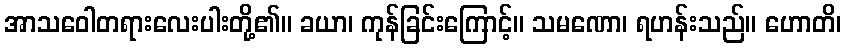
အာသဝေါတရားလေးပါးတို့၏။ ခယာ၊ ကုန်ခြင်းကြောင့်။ သမဏော၊ ရဟန်းသည်။ ဟောတိ၊